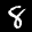
Label: 8